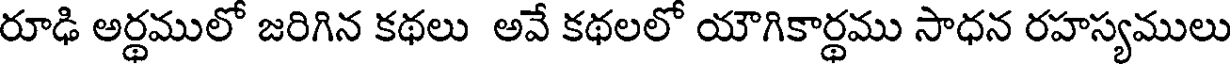
రూఢి అర్థములో జరిగిన కథలు అవే కథలలో యౌగికార్థము సాధన రహస్యములు